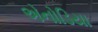
એનોડિયા